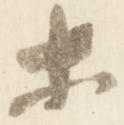
等